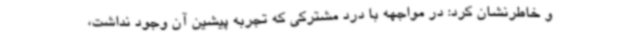
و خاطرنشان کرد: در مواجهه با درد مشترکی که تجربه پیشین آن وجود نداشت،